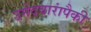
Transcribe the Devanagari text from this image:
उमेदवारांपैकी